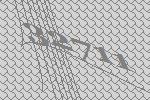
32711